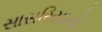
સાસરિયાનો